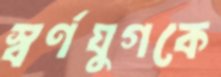
স্বর্ণযুগকে